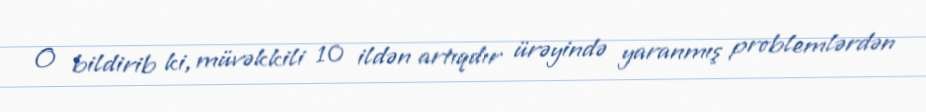
O bildirib ki, müvəkkili 10 ildən artıqdır ürəyində yaranmış problemlərdən